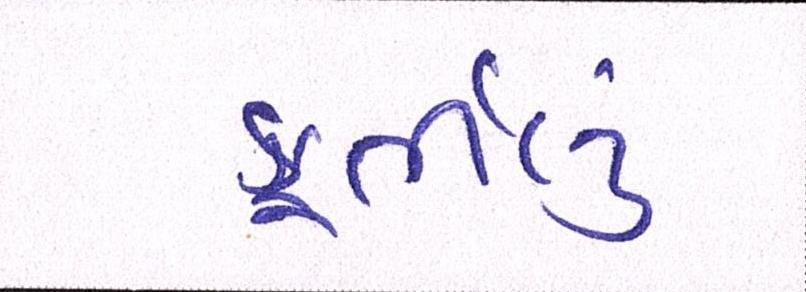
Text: ફુર્તીલુ